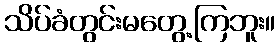
သိပ်ခံတွင်းမတွေ့ကြဘူး။